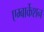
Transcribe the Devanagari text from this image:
एम्बार्केशन